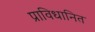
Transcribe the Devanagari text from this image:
प्राविधानित